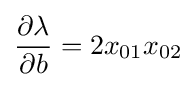
{\frac {\partial \lambda }{\partial b}}=2x_{01}x_{02}